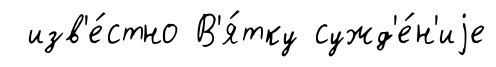
изв'е́стно В'я́тку сужд'е́н'иjе